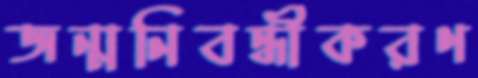
জন্মনিবন্ধীকরণ